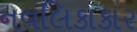
નવલિકાકાર